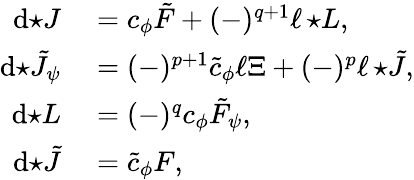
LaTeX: \begin{array}{rl}{\mathrm{d}{\star J}}&{{}=c_{\phi}\tilde{F}+(-)^{q+1}\ell\, {\star L},}\\ {\mathrm{d}{\star\tilde{J}_{\psi}}}&{{}=(-)^{p+1}\tilde{c}_{\phi}\ell\Xi+(-)^{p}\ell\, {\star\tilde{J}},}\\ {\mathrm{d}{\star L}}&{{}=(-)^{q}c_{\phi}\tilde{F}_{\psi},}\\ {\mathrm{d}{\star\tilde{J}}}&{{}=\tilde{c}_{\phi}F,}\end{array}